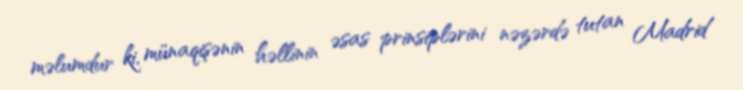
məlumdur ki, münaqişənin həllinin əsas prinsiplərini nəzərdə tutan Madrid